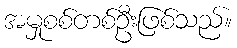
အမှုစစ်တစ်ဦးဖြစ်သည်။